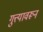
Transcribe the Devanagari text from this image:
गुत्त्यावरून